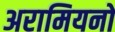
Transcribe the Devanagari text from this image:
अरामियनों